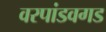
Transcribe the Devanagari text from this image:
वरपांडवगड